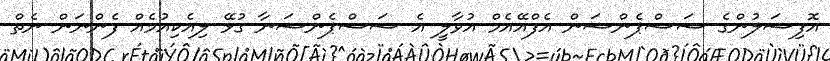
އޮފިޝަލުންގެ ސަސްޕެންޝަން އެފްއޭއެމް އުވާލީ އެ ސަސްޕެންޝަނާ ގުޅޭ ލިއެކިއުމެއް ފެންނަން ނެތް